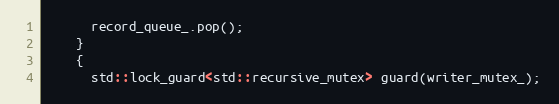
Language: C++
      record_queue_.pop();
    }
    {
      std::lock_guard<std::recursive_mutex> guard(writer_mutex_);